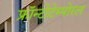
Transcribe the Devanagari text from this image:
फ्रॉन्टोटेम्पोरल